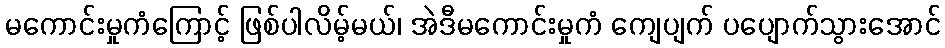
မကောင်းမှုကံကြောင့် ဖြစ်ပါလိမ့်မယ်၊ အဲဒီမကောင်းမှုကံ ကျေပျက် ပပျောက်သွားအောင်